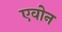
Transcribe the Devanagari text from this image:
एवोन